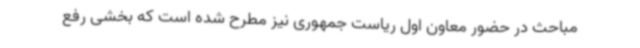
مباحث در حضور معاون اول ریاست جمهوری نیز مطرح شده است که بخشی رفع